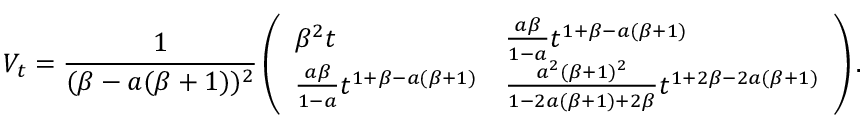
V _ { t } = \frac { 1 } { ( \beta - a ( \beta + 1 ) ) ^ { 2 } } \left( \begin{array} { l l } { \beta ^ { 2 } t } & { \frac { a \beta } { 1 - a } t ^ { 1 + \beta - a ( \beta + 1 ) } } \\ { \frac { a \beta } { 1 - a } t ^ { 1 + \beta - a ( \beta + 1 ) } } & { \frac { a ^ { 2 } ( \beta + 1 ) ^ { 2 } } { 1 - 2 a ( \beta + 1 ) + 2 \beta } t ^ { 1 + 2 \beta - 2 a ( \beta + 1 ) } } \end{array} \right) .